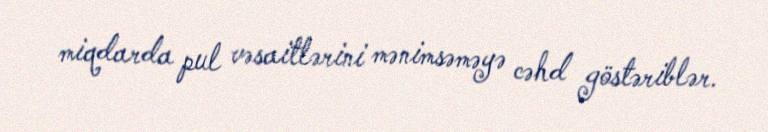
miqdarda pul vəsaitlərini mənimsəməyə cəhd göstəriblər.